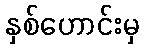
နှစ်ဟောင်းမှ